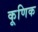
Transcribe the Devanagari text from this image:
कूणिक